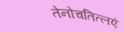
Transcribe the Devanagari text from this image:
तेनोचतित्लएं